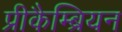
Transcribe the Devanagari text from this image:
प्रीकैम्ब्रियन